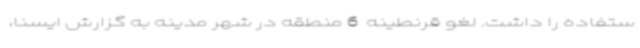
ستفاده را داشت. لغو قرنطینه  6 منطقه در شهر مدینه به گزارش ایسنا،